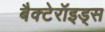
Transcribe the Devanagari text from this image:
बैक्टेरॉइड्स